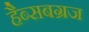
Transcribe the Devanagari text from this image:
हैब्सबग्रज